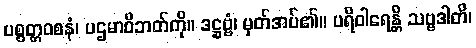
ပစ္စတ္တဝစနံ၊ ပဌမာဝိဘတ်ကို။ ဒဋ္ဌဗ္ဗံ၊ မှတ်အပ်၏။ ပရိဝါရေန္တိ သဗ္ဗဒါတိ၊